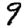
Digit: 9